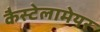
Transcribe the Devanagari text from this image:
कैस्टेलामेयर